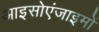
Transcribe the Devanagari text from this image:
आइसोएंजाइमों